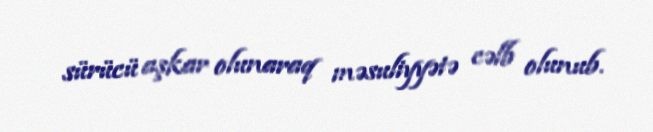
sürücü aşkar olunaraq məsuliyyətə cəlb olunub.